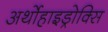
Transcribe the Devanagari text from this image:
अर्थोहाइड्रोक्सि